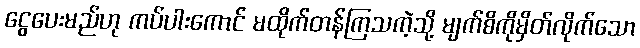
ငွေပေးမည်ဟု ကပ်ပါးကောင် မထိုက်တန်ကြသကဲ့သို့ မျက်စိကိုမှိတ်လိုက်သော